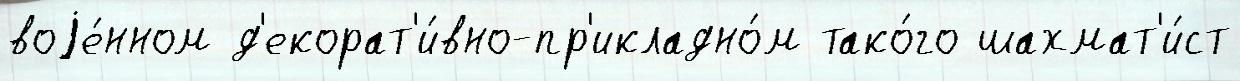
воjе́нном д'екорат'и́вно-пр'икладно́м тако́го шахмат'и́ст